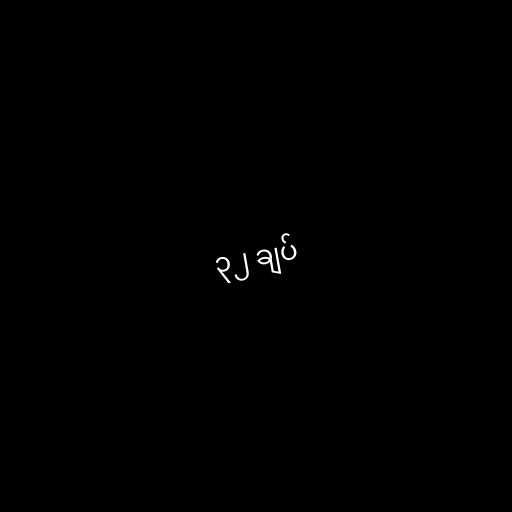
၃၂ ချပ်